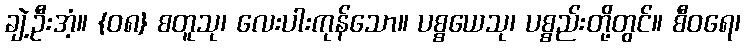
ချဲ့ဦးအံ့။ {၀၈} စတူသု၊ လေးပါးကုန်သော။ ပစ္စယေသု၊ ပစ္စည်းတို့တွင်။ စီဝရေ၊